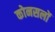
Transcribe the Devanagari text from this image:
कोनसलों